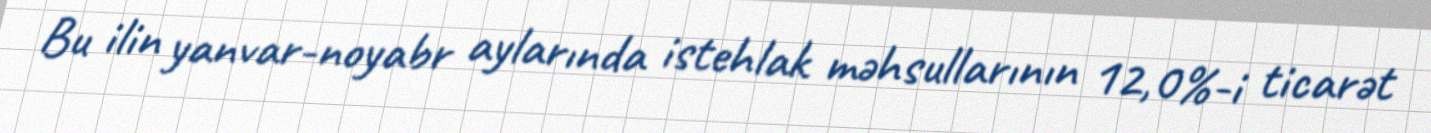
Bu ilin yanvar-noyabr aylarında istehlak məhsullarının 12,0%-i ticarət